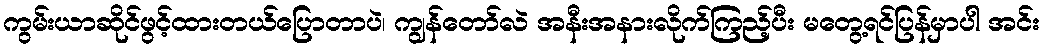
ကွမ်းယာဆိုင်ဖွင့်ထားတယ်ပြောတာပဲ၊ ကျွန်တော်လဲ အနီးအနားလိုက်ကြည့်ပီး မတွေ့ရင်ပြန်မှာပါ အင်း